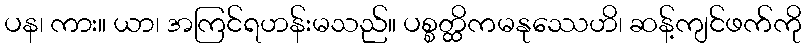
ပန၊ ကား။ ယာ၊ အကြင်ရဟန်းမသည်။ ပစ္စတ္ထိကမနုဿေဟိ၊ ဆန့်ကျင်ဖက်ကို